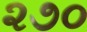
૨૭૦